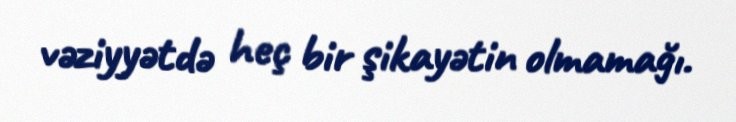
vəziyyətdə heç bir şikayətin olmamağı.